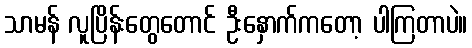
သာမန် လူပြိန်းတွေတောင် ဦးနှောက်ကတော့ ပါကြတာပဲ။